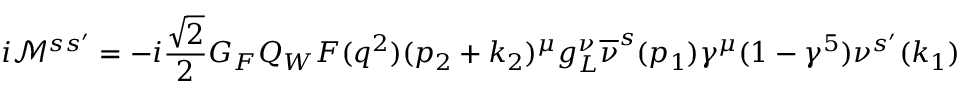
i \mathcal { M } ^ { s s ^ { \prime } } = - i \frac { \sqrt { 2 } } { 2 } G _ { F } Q _ { W } F ( q ^ { 2 } ) ( p _ { 2 } + k _ { 2 } ) ^ { \mu } g _ { L } ^ { \nu } \overline { { \nu } } ^ { s } ( p _ { 1 } ) \gamma ^ { \mu } ( 1 - \gamma ^ { 5 } ) \nu ^ { s ^ { \prime } } ( k _ { 1 } )